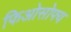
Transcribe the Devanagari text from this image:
फिओसोफ्य